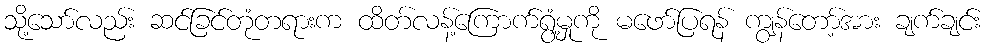
သို့သော်လည်း ဆင်ခြင်တုံတရားက ထိတ်လန့်ကြောက်ရွံ့မှုကို မဖော်ပြရန် ကျွန်တော့်အား ချက်ချင်း